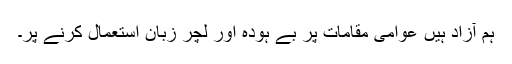
ہم آزاد ہیں عوامی مقامات پر بے ہودہ اور لچر زبان استعمال کرنے پر۔